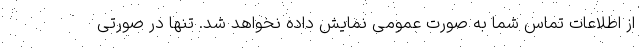
از اطلاعات تماس شما به صورت عمومی نمایش داده نخواهد شد. تنها در صورتی